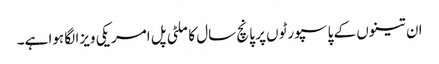
ان تینوں کے پاسپورٹوں پر پانچ سال کا ملٹی پل امریکی ویزا لگا ہوا ہے۔